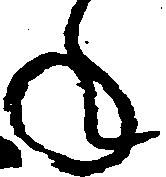
年